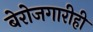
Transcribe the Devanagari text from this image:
बेरोजगारीही